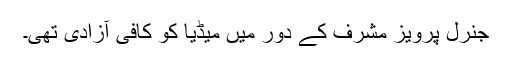
جنرل پرویز مشرف کے دور میں میڈیا کو کافی آزادی تھی۔